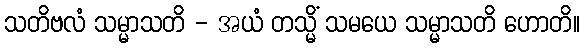
သတိဗလံ သမ္မာသတိ - အယံ တသ္မိံ သမယေ သမ္မာသတိ ဟောတိ။